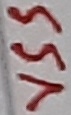
Text: VSS